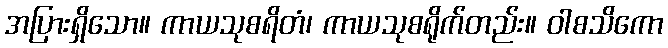
အပြားရှိသော။ ကာယသုစရိတံ၊ ကာယသုစရိုက်တည်း။ ဝါစသိကော